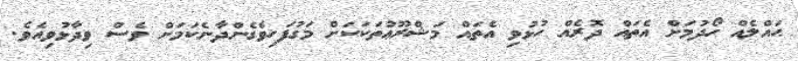
ޙައްލެއް ހޯދުމަށް އެތައް ދޮރެއް ހުޅުވި އެތައް މަޝްރޫޢުތަކަކަށް މަގުފަހިވެގެންދާނެކަމަށް ވެސް ވިދާޅުވިއެވެ.